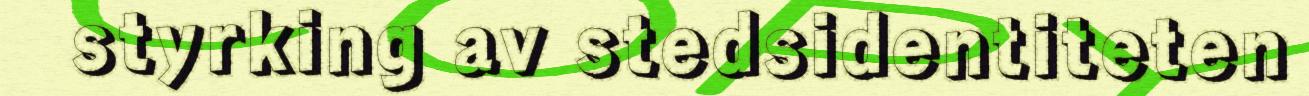
styrking av stedsidentiteten